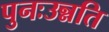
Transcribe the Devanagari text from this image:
पुनःउन्नति